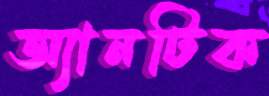
অ্যানটিক